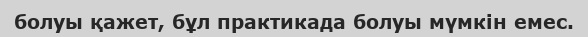
болуы қажет, бұл практикада болуы мүмкін емес.